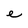
Character: e